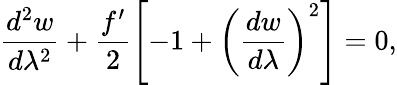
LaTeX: \frac{d^{2}w}{d\lambda^{2}}+\frac{f^{\prime}}{2}\left[-1+\left(\frac{dw}{d\lambda}\right)^{2}\right]=0,